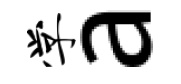
学a